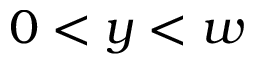
0 < y < w